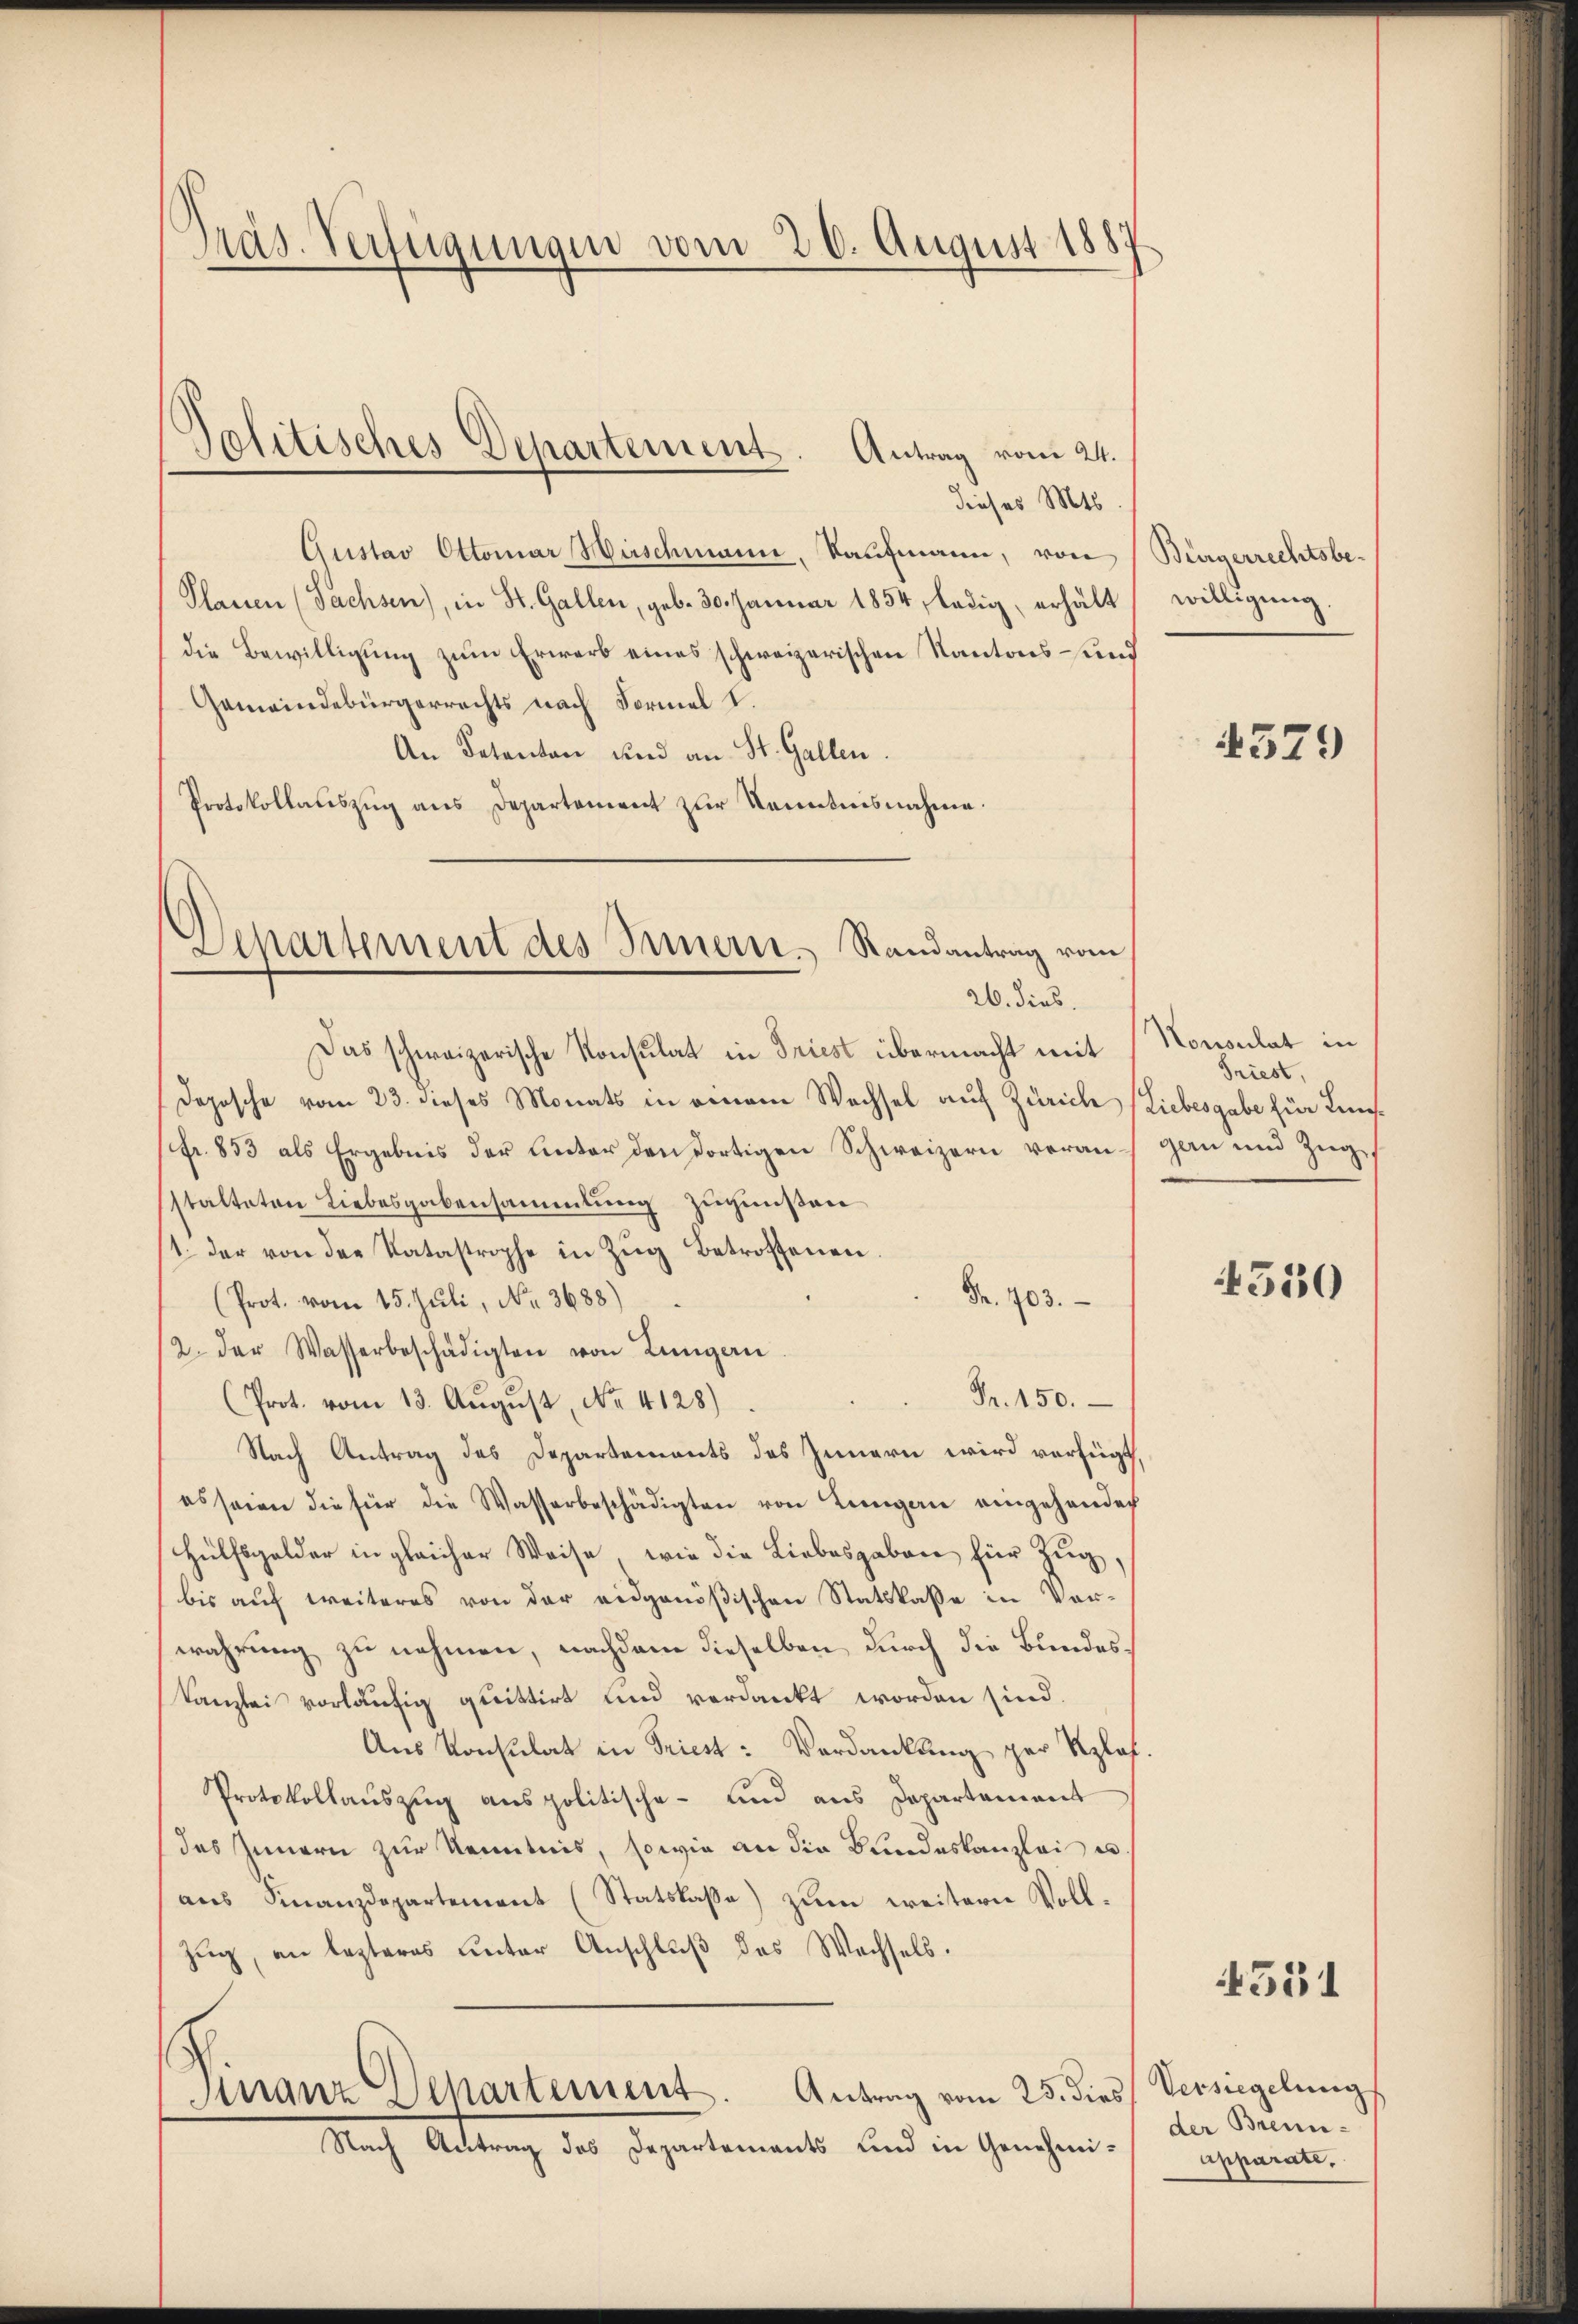
Präs. Verfügungen vom 20. August 1887

dieses Mts.
Gustav Ottomar Hirschmann, Kaufmann, von
Plassen (Sachsen), in St. Gallen, geb. 30. Januar 1854, ledig, erhält
die Bewilligung zum Erwarb eines schweizerischen Kantons- und
Gemeindebürgerrechts nach Formal I.
An Detenten und an St. Gallen.
Protokollauszug aus Departement zur Kenntnisnahme.

Delitisches Departement. Antrag vom 24.

Departement des Innern. Randantrag vom
26. dies

Das schweizerische Konsulat in Triest übermacht mit
Dozosche vom 23. dieses Monats in einem Wechsel auf Zürich (Liebesgabe für Kinfr. 853 als Ergebnis der Unter den fortigen Schweizern voranstalteten Liebesgabensammlung zugunsten
1. der von der Katastrophe in Zŭg betroffenen.
Fr. 103.
(Prot. vom 15. Juli, No. 3688)
2. der Wasserbeschädigten von Lungern
Fr. 150.
(Prot. vom 13. August, No. 4128)
Nach Antrag des Departements des Innern wird verfügt,
es seien die für die Wasserbeschädigten von Lungen eingehenden
Hülfsgelder in gleicher Weise, wie die Liebesgaben für Zug,
bis auf weiteres von der eidgenößischen Statskasse in Vor-
wahrung zu nehmen, nachdem dieselben durch die Bundes¬
Kanzlei vorläufig quittirt und verdankt worden sind.
Aus Konsulat in Friest: Verdankung per Klaf¬
Protokollauszug aus politische- und aus Departamens
des Innern zur Kenntnis, sowie an die Bundeskanzlei es
aus Finanzdepartement (Statskasse) zum weitern Voll¬
Zug, an lezteres unter Anschluß des Wechsels.
Ganz Departement. Antrag vom 25. dies
Nach Antrag des Departements und in Genehmi¬

Bürgerrechtsbewilligung

329

Nonsulat in
Friest,
gan und Zug

4550

4551

Versiegelung
der Brennapparati,